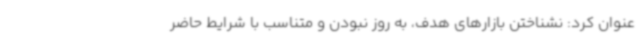
عنوان کرد: نشناختن بازارهای هدف، به روز نبودن و متناسب با شرایط حاضر